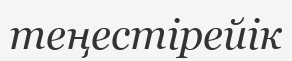
теңестірейік